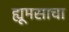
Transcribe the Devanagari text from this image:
ह्यूमसाचा